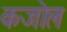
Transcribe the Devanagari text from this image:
कजोल